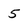
Character: 5